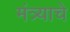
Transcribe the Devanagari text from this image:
मंत्र्याचे